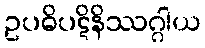
ဥပဓိပဋိနိဿဂ္ဂါယ